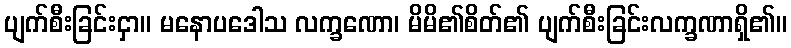
ပျက်စီးခြင်းငှာ။ မနောပဒေါသ လက္ခဏော၊ မိမိ၏စိတ်၏ ပျက်စီးခြင်းလက္ခဏာရှိ၏။